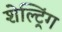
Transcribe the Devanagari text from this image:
शेल्ट्रिंग